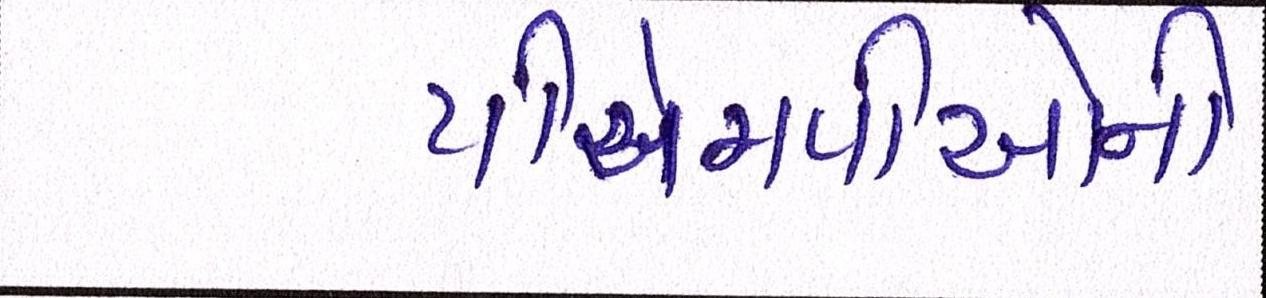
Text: પીએમપીઓની